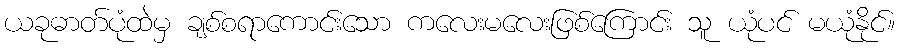
ယခုဓာတ်ပုံထဲမှ ချစ်စရာကောင်းသော ကလေးမလေးဖြစ်ကြောင်း သူ ယုံပင် မယုံနိုင်။